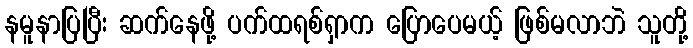
နမူနာပြပြီး ဆက်နေဖို့ ပက်ထရစ်ရှာက ပြောပေမယ့် ဖြစ်မလာဘဲ သူတို့